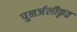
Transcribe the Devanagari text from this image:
पुनर्जलीकृत